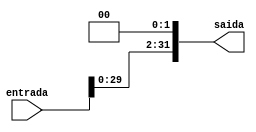
module LeftShift2 (entrada,saida);
  input [31:0]entrada;
  output reg [31:0]saida;
  always @ ( entrada ) begin
    saida = (entrada << 2);
  end
endmodule //LeftShift2